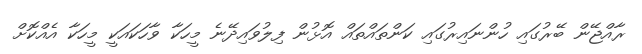
ރާއްޖޭން ބޭރުގައި ހުންނައިރުގައި ކަންތައްތައް އޮޅުން ފިލުވައިދޭނެ މީހަކާ ވާހަކައަކީ މީހަކާ އެއްކޮށް